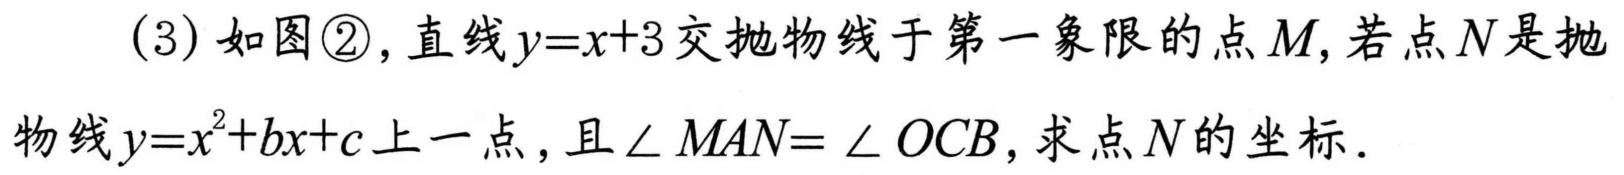
(3) 如图\textcircled{2}，直线\(y = x + 3\)交抛物线于第一象限的点\(M\)，若点\(N\)是抛物线\(y=x^{2}+bx + c\)上一点，且\(\angle MAN=\angle OCB\)，求点\(N\)的坐标.